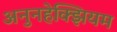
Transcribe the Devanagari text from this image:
अनुनहेक्झियम